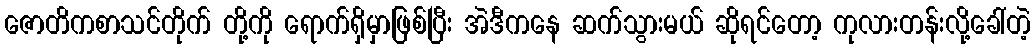
ဇောတိကစာသင်တိုက် တို့ကို ရောက်ရှိမှာဖြစ်ပြီး အဲဒီကနေ ဆက်သွားမယ် ဆိုရင်တော့ ကုလားတန်းလို့ခေါ်တဲ့